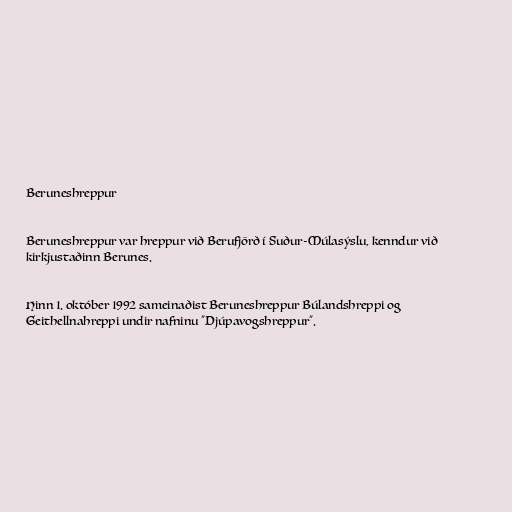
Beruneshreppur

Beruneshreppur var hreppur við Berufjörð í Suður-Múlasýslu, kenndur við
kirkjustaðinn Berunes.

Hinn 1. október 1992 sameinaðist Beruneshreppur Búlandshreppi og
Geithellnahreppi undir nafninu "Djúpavogshreppur".